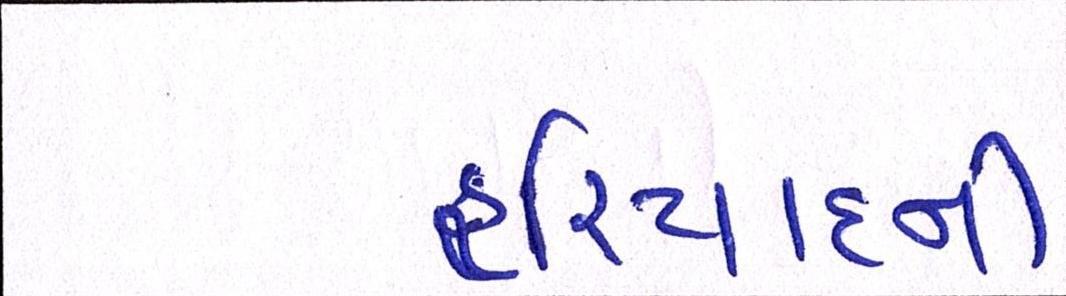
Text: ફરિયાદની